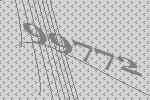
99772